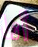
أنا